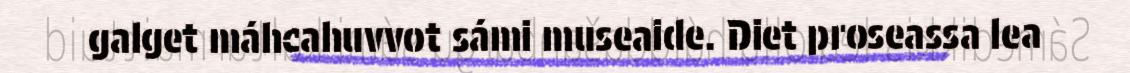
galget máhcahuvvot sámi museaide. Diet proseassa lea